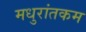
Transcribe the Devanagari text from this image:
मधुरांतकम